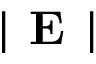
| \textbf { E } |